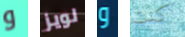
و لويز و كنت